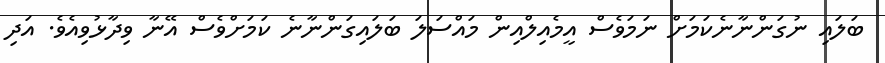
ބަލައި ނުގަންނާނެކަމަށް ނަމަވެސް އީމެއިލްއިން މައްސަލަ ބަލައިގަންނާނެ ކަމަށްވެސް އޭނާ ވިދާޅުވިއެވެ. އަދި